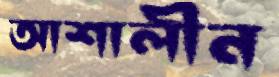
আশালীন